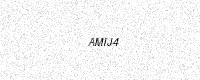
Text: AMIJ4